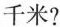
千米?